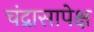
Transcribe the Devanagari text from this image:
चंद्रासापेक्ष